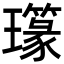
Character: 𤪪